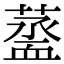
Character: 𧗆